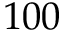
1 0 0